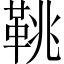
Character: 鞉